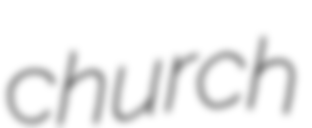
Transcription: church